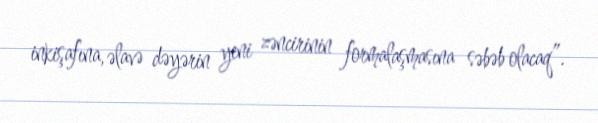
inkişafına, əlavə dəyərin yeni zəncirinin formalaşmasına səbəb olacaq”.